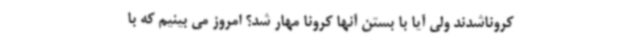
کروناشدند ولی آیا با بستن آنها کرونا مهار شد؟ امروز می بینیم که با